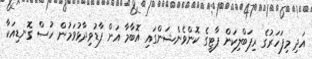
އަދި މިފަހަރުގެ ރިޕަބްލިކަން ޕާޓީގެ ކޮންވެންޝަންގައި އޮބާމާ އަށް ފާޑުވިދާޅުވަމުން ހުސް ގޮނޑިއަކާ